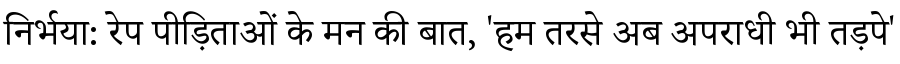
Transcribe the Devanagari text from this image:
निर्भया: रेप पीड़िताओं के मन की बात, 'हम तरसे अब अपराधी भी तड़पे'